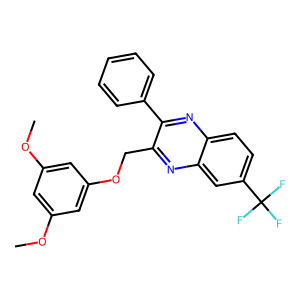
SMILES: COc1cc(OC)cc(OCc2nc3cc(C(F)(F)F)ccc3nc2-c2ccccc2)c1
Inhibits HIV replication: No